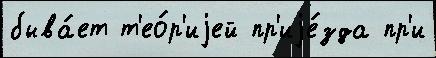
быва́ет т'ео́р'иjей пр'иjе́зда пр'и